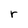
Character: r